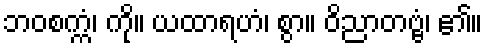
ဘဝစက္ကံ၊ ကို။ ယထာရဟံ၊ စွာ။ ဝိညာတဗ္ဗံ၊ ၏။